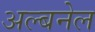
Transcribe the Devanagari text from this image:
अल्बनेल